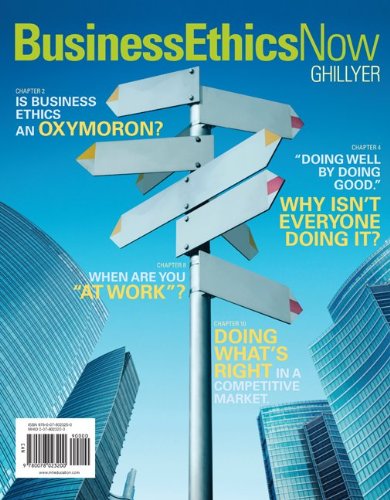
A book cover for Business Ethics Now; Andrew Ghillyer; Business & Money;